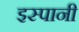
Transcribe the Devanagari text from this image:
इस्पानी